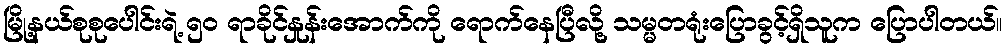
မြို့နယ်စုစုပေါင်းရဲ့ ၅၀ ရာခိုင်နှုန်းအောက်ကို ရောက်နေပြီလို့ သမ္မတရုံးပြောခွင့်ရှိသူက ပြောပါတယ်။